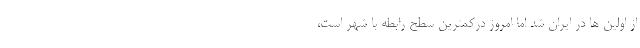
از اولین ها در ایران شد اما امروز در‌کمترین سطح رابطه با شهر است،